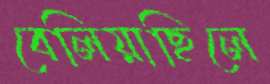
বেলিয়াছিলে